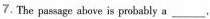
7.The passage above is probably a ___.